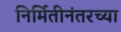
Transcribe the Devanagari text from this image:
निर्मितीनंतरच्‍या